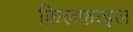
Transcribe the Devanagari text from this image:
किलफाइल